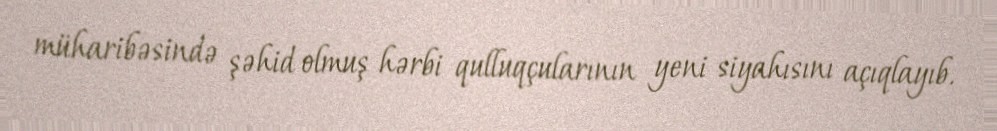
müharibəsində şəhid olmuş hərbi qulluqçularının yeni siyahısını açıqlayıb.